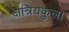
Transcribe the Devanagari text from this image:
क्षत्रियकुल।